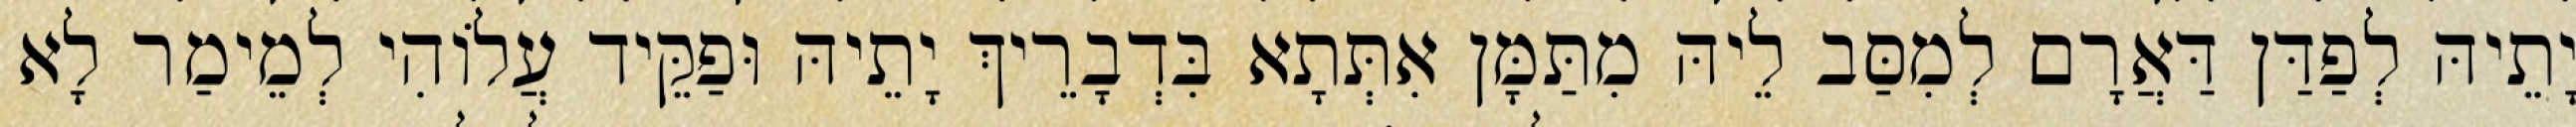
יָתֵיהּ לְפַדַּן דַּאֲרָם לְמִסַּב לֵיהּ מִתַּמָּן אִתְּתָא בִּדְבָרֵיךְ יָתֵיהּ וּפַקֵּיד עֲלוֹהִי לְמֵימַר לָא